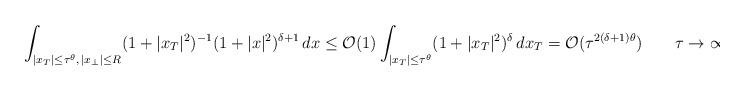
LaTeX: \begin{align*}\int_{|x_T| \le \tau^\theta,\, |x_\perp| \le R} (1 + |x_T|^2)^{-1} (1 + |x|^2)^{\delta+1}\, dx\le \mathcal O(1) \int_{|x_T| \le \tau^\theta} (1 + |x_T|^2)^{\delta}\, dx_T = \mathcal O(\tau^{2(\delta+1)\theta})\quad\quad\tau \to \infty.\end{align*}